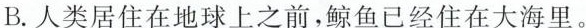
B.人类居住在地球上之前,鲸鱼已经住在大海里.